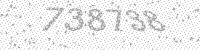
Solution: 738738